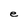
Character: e